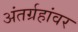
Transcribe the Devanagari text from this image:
अंतर्ग्रहांवर